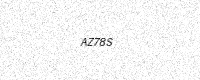
Text: AZ78S